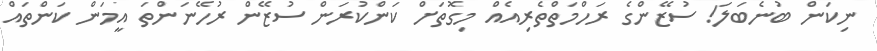
ނިކަން ބުނެބަލަ! ސުޒޭންގެ ރަހްމަތްތެރިއެއް މިގޮތަށް ކަންކުރަން ސުޒޭން ރުހޭނަންތަ އީމަން ކަންތައް